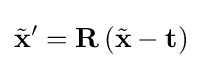
{\tilde {\mathbf {x} }}'=\mathbf {R} \,({\tilde {\mathbf {x} }}-\mathbf {t} )